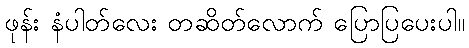
ဖုန်း နံပါတ်လေး တဆိတ်လောက် ပြောပြပေးပါ။